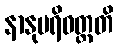
နာနုပရိဝတ္တတိ